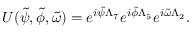
U ( \tilde { \psi } , \tilde { \phi } , \tilde { \omega } ) = e ^ { i \tilde { \psi } \Lambda _ { 7 } } e ^ { i \tilde { \phi } \Lambda _ { 5 } } e ^ { i \tilde { \omega } \Lambda _ { 2 } } .